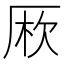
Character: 𠩱